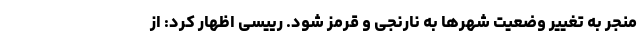
منجر به تغییر وضعیت شهرها به نارنجی و قرمز شود. رییسی اظهار کرد: از